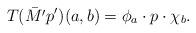
LaTeX: \begin{align*}T(\bar{M'} p' )(a,b) = \phi_a \cdot p \cdot \chi_b.\end{align*}